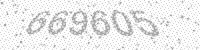
Solution: 669605